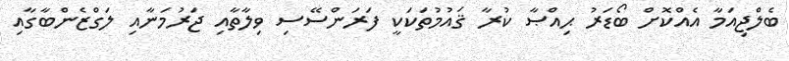
ބެލްޖިއަމާ އެއްކޮށް ބޯޑަރު ޙިއްޞާ ކުރާ ޤައުމުތަކަކީ ފަރަންސޭސި ވިލާތާއި ޖަރުމަނާއި ލަގްޒެންބާގާއި